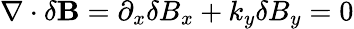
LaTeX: \nabla\cdot\delta\mathbf{B}=\partial_{x}\delta B_{x}+k_{y}\delta B_{y}=0